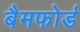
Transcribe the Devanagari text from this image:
बैमफोर्ड